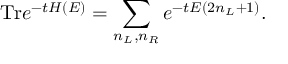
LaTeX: \mathrm { T r } e ^ { - t H ( E ) } = \sum _ { n _ { L } , n _ { R } } e ^ { - t E ( 2 n _ { L } + 1 ) } .